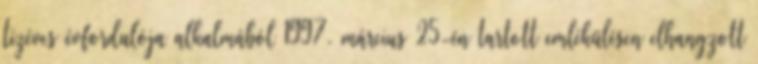
tízéves évfordulója alkalmából 1997. március 25-én tartott emlékülésen elhangzott